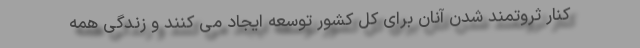
کنار ثروتمند شدن آنان برای کل کشور توسعه ایجاد می کنند و زندگی همه